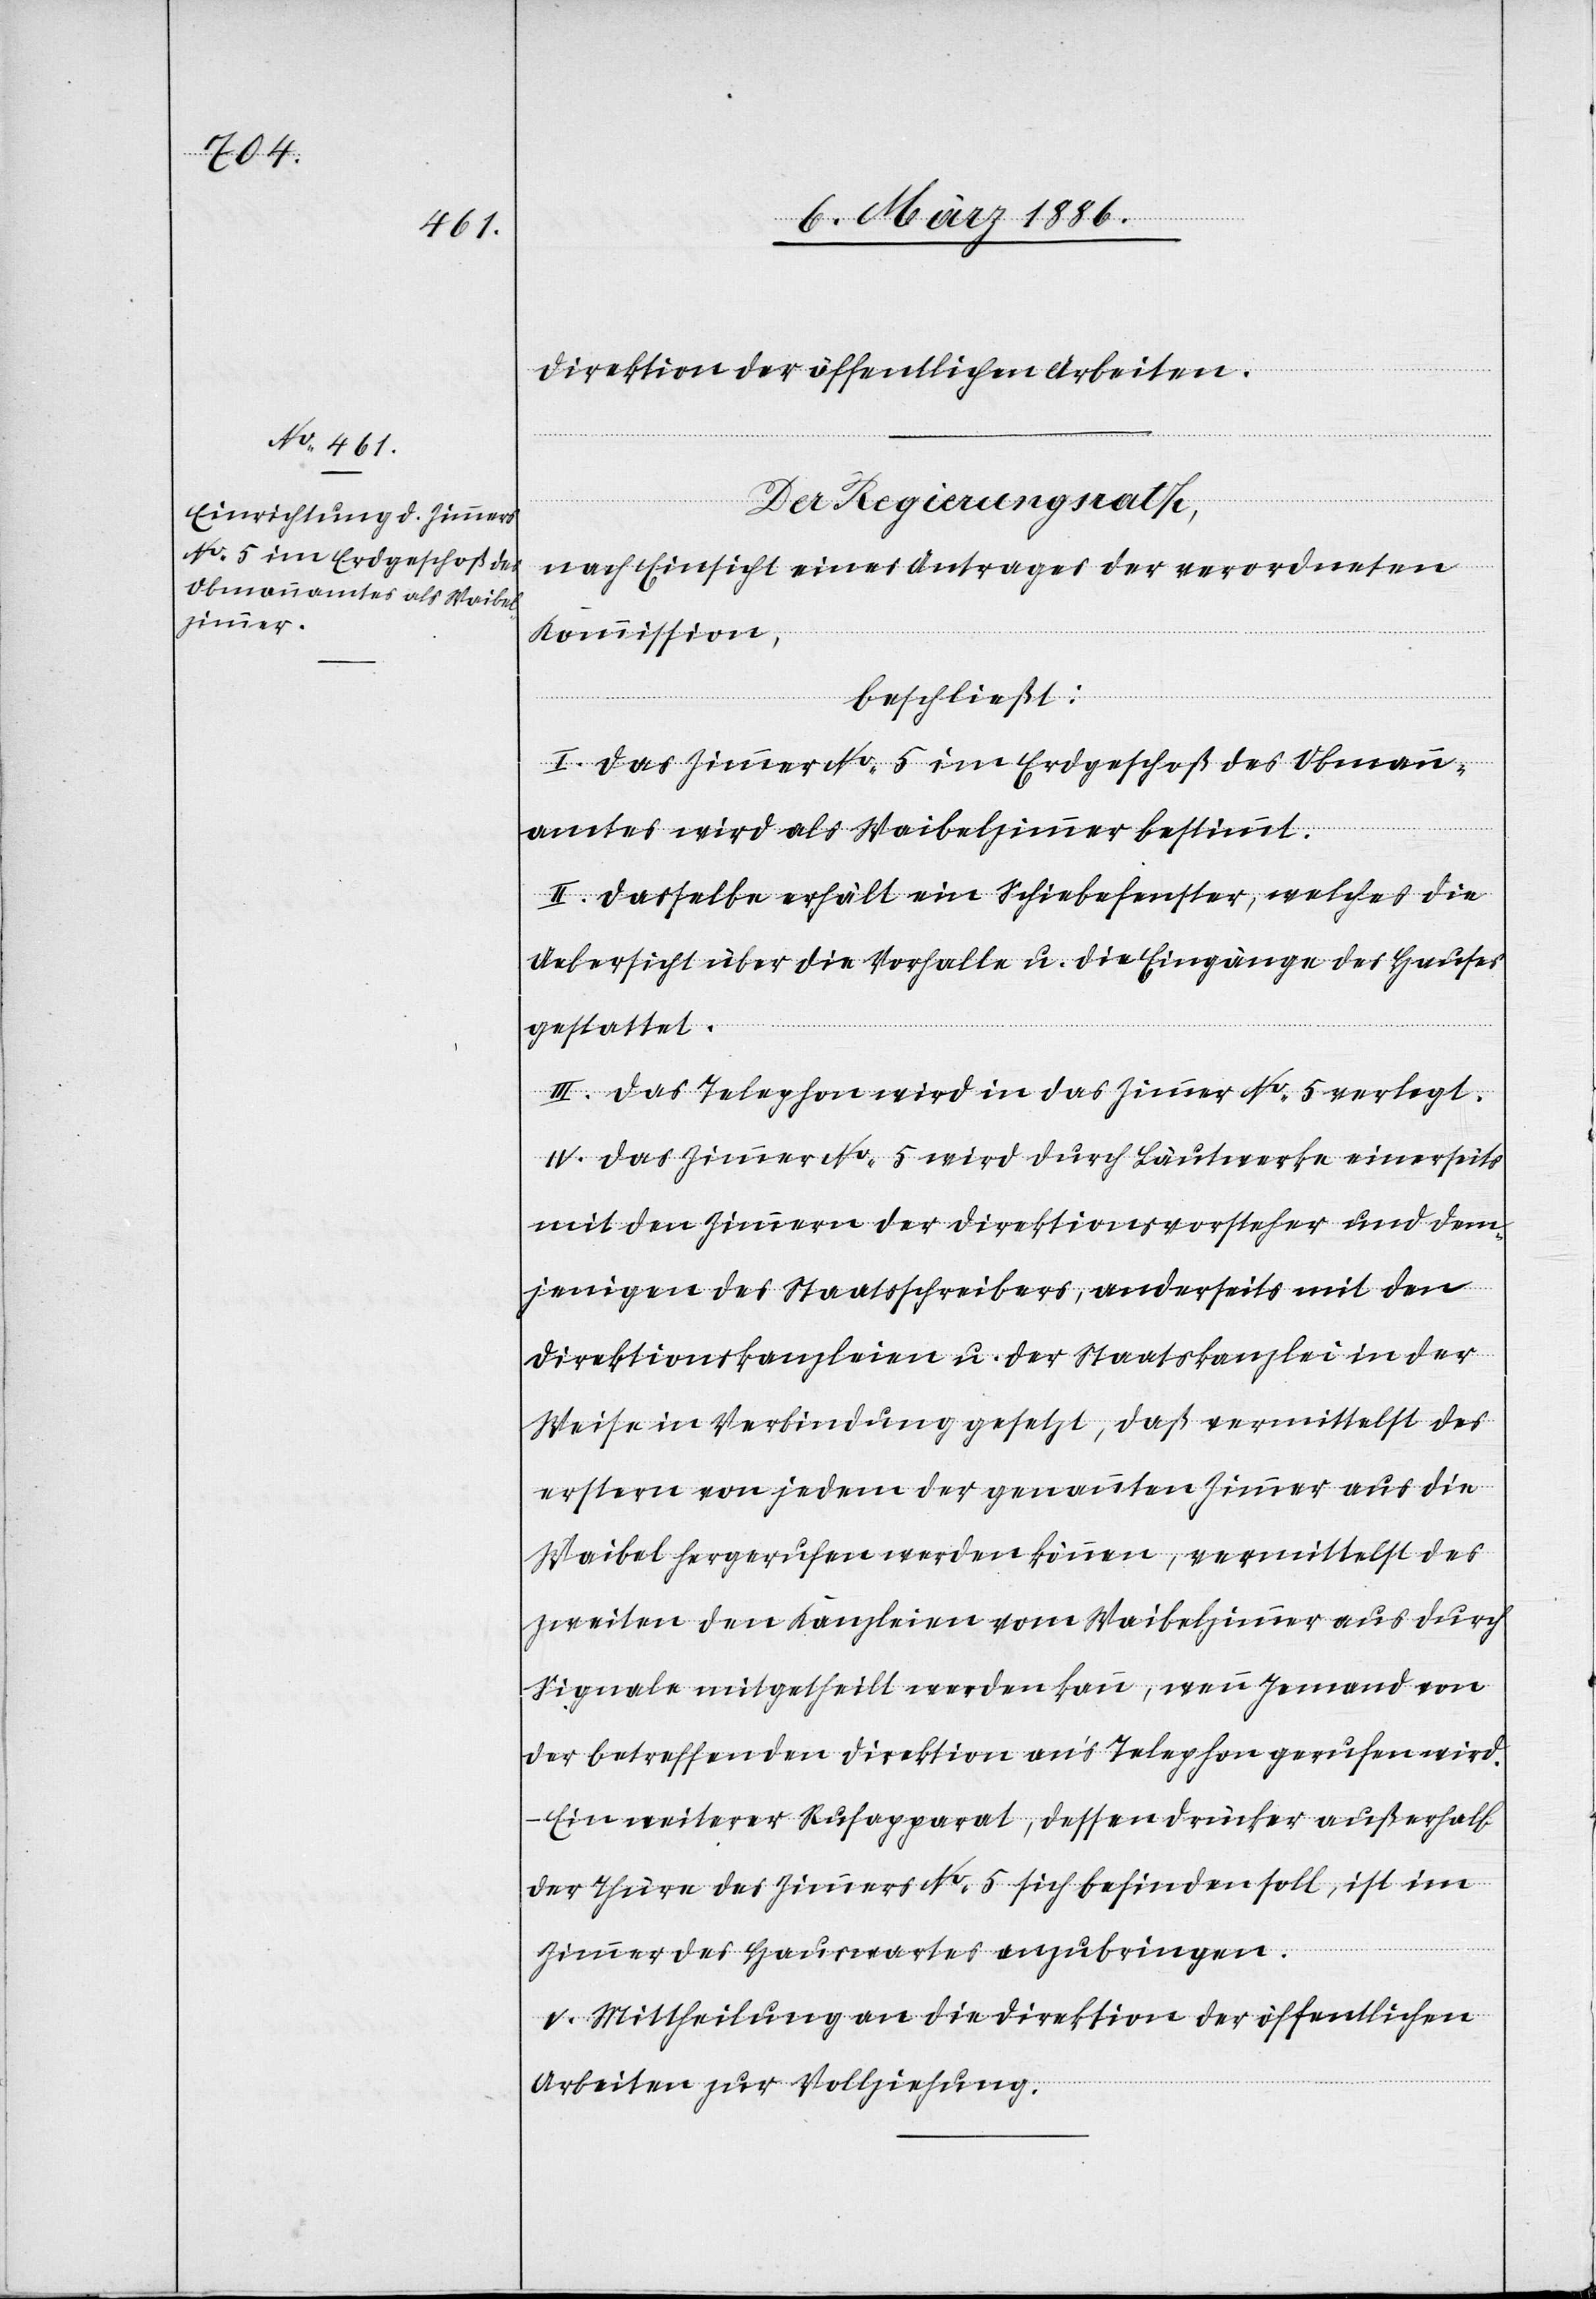
Direktion der öffentlichen Arbeiten.
Der Regierungsrath,
nach Einsicht eines Antrages der verordneten
Kommission,
beschließt:
I. Das Zimmer No. 5 im Erdgeschoß des Obmann¬
amtes wird als Waibelzimmer bestimmt.
II. Dasselbe erhält ein Schiebefenster, welches die
Uebersicht über die Vorhalle u. die Eingänge des Hauses
gestattet.
III. Das Telephon wird in das Zimmer No. 5 verlegt.
IV. Das Zimmer No. 5 wird durch Läutwerke einerseits
mit den Zimmern der Direktionsvorsteher und dem¬
jenigen des Staatsschreibers, anderseits mit den
Direktionskanzleien u. der Staatskanzlei in der
Weise in Verbindung gesetzt, daß vermittelst des
erstern von jedem der genannten Zimmer aus die
Waibel hergerufen werden können, vermittelst des
zweiten den Kanzleien vom Waibelzimmer aus durch
Signale mitgetheilt werden kann, wenn Jemand von
der betreffenden Direktion an’s Telephon gerufen wird.
Ein weiterer Rufapparat, dessen Drücker außerhalb
der Thüre des Zimmers No. 5 sich befinden soll, ist im
Zimmer des Hauswartes anzubringen.
V. Mittheilung an die Direktion der öffentlichen
Arbeiten zur Vollziehung.